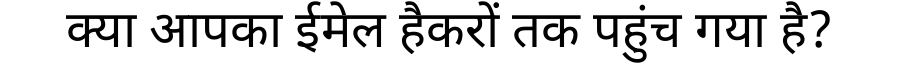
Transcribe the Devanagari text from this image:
क्या आपका ईमेल हैकरों तक पहुंच गया है?